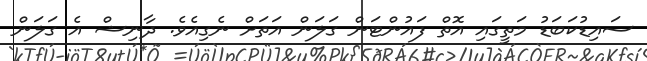
ސައިޑުކަބަޑު މަތީގައި އޮތް ފައުންޓަން ގަލަން އަތަށް ނެގިއެވެ. ދާނިޝް އެ ގަލަން